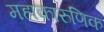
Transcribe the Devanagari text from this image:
महाकारुणिक